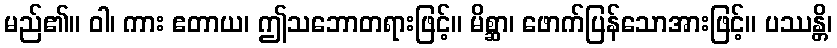
မည်၏။ ဝါ၊ ကား ဧတာယ၊ ဤသဘောတရားဖြင့်။ မိစ္ဆာ၊ ဖောက်ပြန်သောအားဖြင့်။ ပဿန္တိ၊